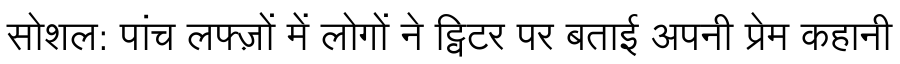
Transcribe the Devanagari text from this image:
सोशल: पांच लफ्ज़ों में लोगों ने ट्विटर पर बताई अपनी प्रेम कहानी